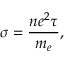
\quad \sigma = { \frac { n e ^ { 2 } \tau } { m _ { e } } } ,